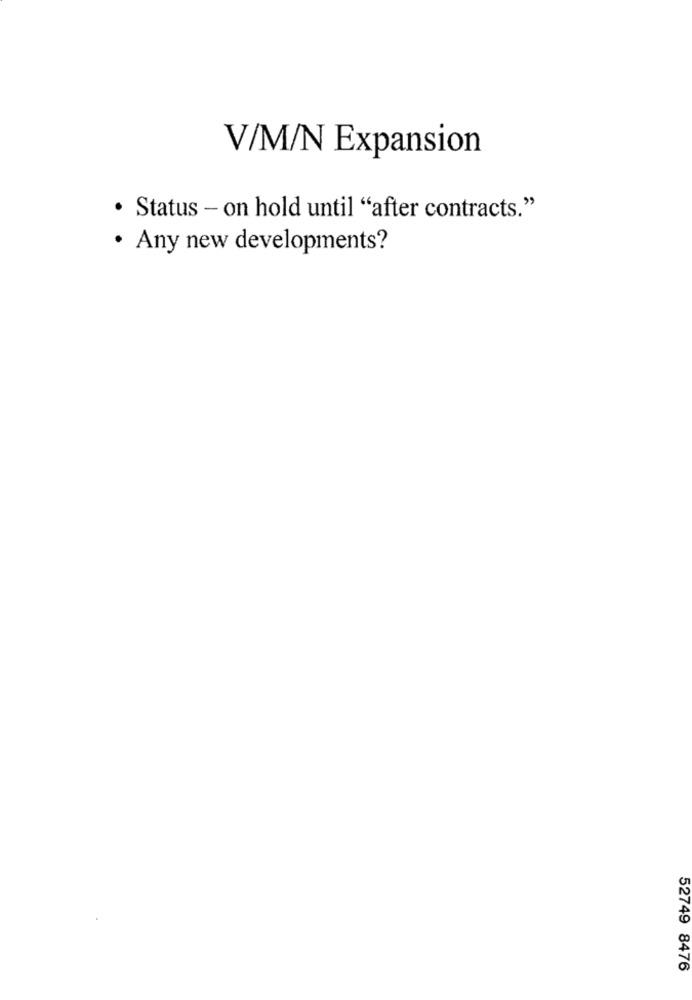
V/M/N Expansion
· Status - on hold until "after contracts."
· Any new developments?
52749 8476